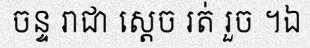
ចន្ទ រាជា ស្តេច រត់ រួច ។ឯ